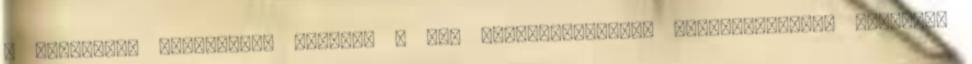
a csontvelő betegsége, illetve a lép megnagyobbodása következtében, ilyenkor